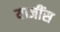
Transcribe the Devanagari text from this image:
याजींस